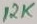
Text: 12K